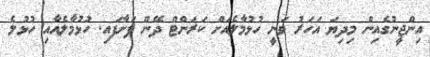
އިންޖީނުގެއިން މިދިޔަ އަހަރު ވަނީ ހުޅުމާލެއަށް ކަރަންޓް ދޭން ފަށާފައި. ހުޅުމާލެއާއި ހުޅުލެ